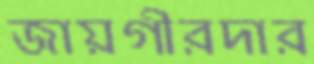
জায়গীরদার